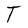
Character: T